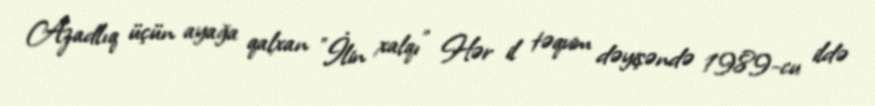
Azadlıq üçün ayağa qalxan "İlin xalqı" Hər il təqvim dəyişəndə 1989-cu ildə